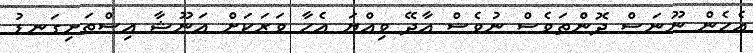
އެހެން ނޫނަސް ދޮންތަވެސް ނުވެސް އާދޭ ވިއްޔަ އެހާ ވަރަކަށް އަނޫޝާ އިސްތަށިގަނޑު